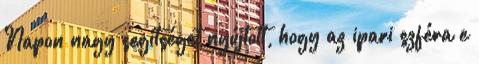
Napon nagy segítséget nyújtott, hogy az ipari szféra e